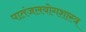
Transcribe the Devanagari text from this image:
पातंजलयोगशास्त्र